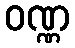
ဝဏ္ဏ